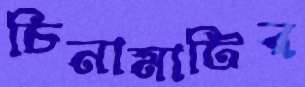
চিনামাটির